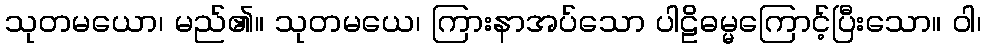
သုတမယော၊ မည်၏။ သုတမယေ၊ ကြားနာအပ်သော ပါဠိဓမ္မကြောင့်ပြီးသော။ ဝါ၊